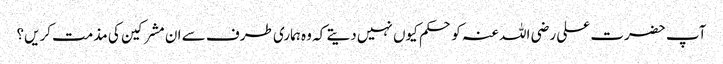
آپ حضرت علی رضی اللہ عنہ کو حکم کیوں نہیں دیتے کہ وہ ہماری طرف سے ان مشرکین کی مذمت کریں؟